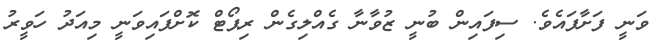
ވަނީ ފަށާފައެވެ. ސިފައިން ބުނީ ޒުވާނާ ގެއްލިގެން ރިޕޯޓް ކޮށްފައިވަނީ މިއަދު ހަވީރު